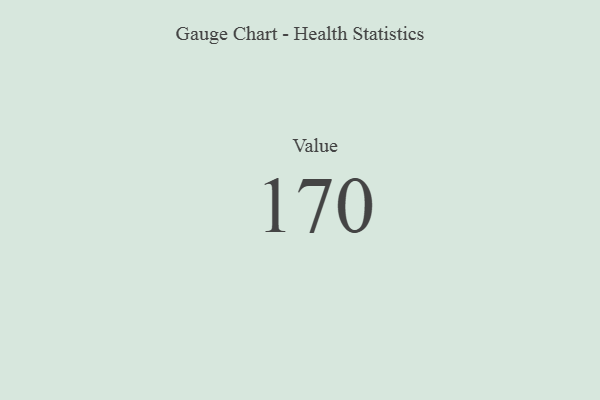
{"axis": {"x": "Metric", "y": "Value"}, "legend": [""], "data": [{"x": "Value", "y": 170, "type": ""}]}